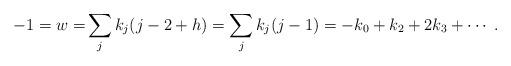
LaTeX: \begin{align*} -1 =w =& \sum_{j} k_j(j-2+h) = \sum_{j}k_j(j-1) = -k_{0}+k_{2} + 2 k_{3} + \cdots \;. \end{align*}